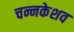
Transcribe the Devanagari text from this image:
चन्नकेशव